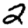
Digit: 2